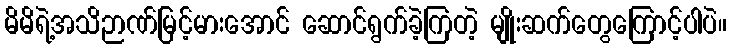
မိမိရဲ့အသိဉာဏ်မြင့်မားအောင် ဆောင်ရွက်ခဲ့ကြတဲ့ မျိုးဆက်တွေကြောင့်ပါပဲ။